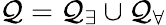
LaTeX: \mathcal{Q}=\mathcal{Q}_{\exists}\cup\mathcal{Q}_{\forall}